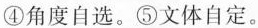
④角度自选。⑤文体自定。